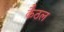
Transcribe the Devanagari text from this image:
कैठल